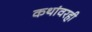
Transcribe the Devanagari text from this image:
कथांवरही